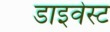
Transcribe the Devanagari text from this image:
डाइवेस्ट